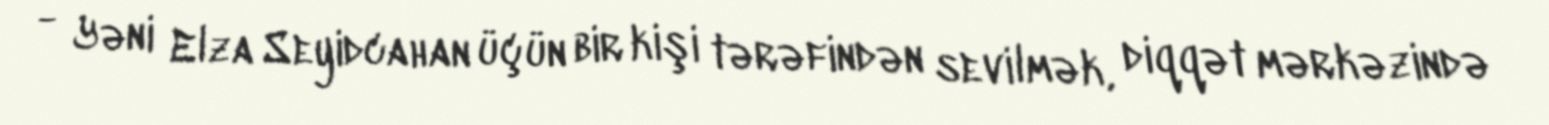
- Yəni Elza Seyidcahan üçün bir kişi tərəfindən sevilmək, diqqət mərkəzində